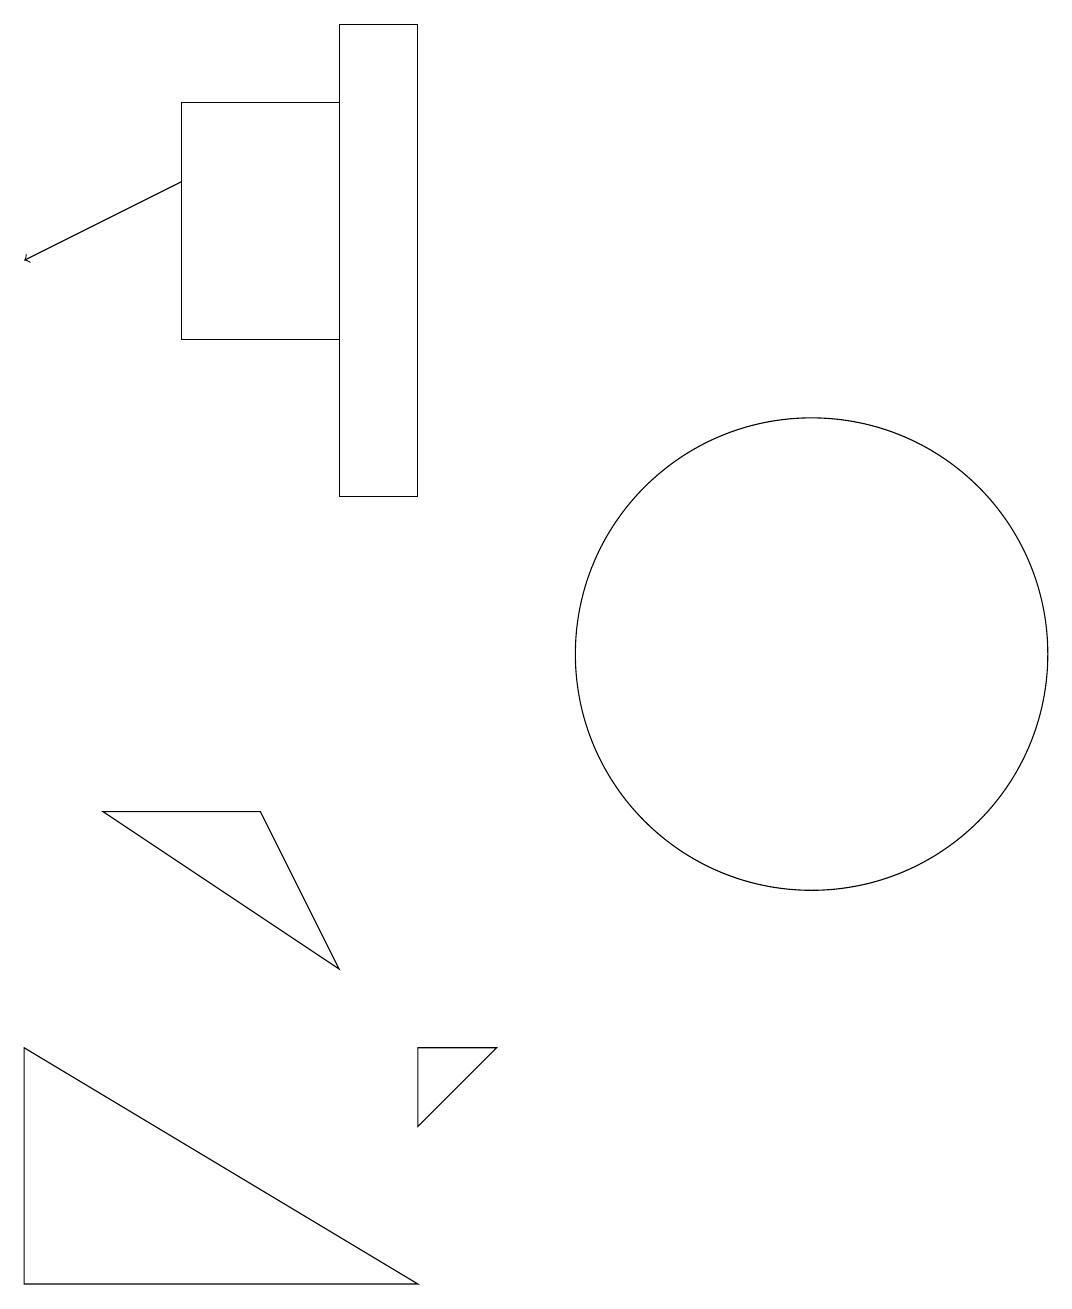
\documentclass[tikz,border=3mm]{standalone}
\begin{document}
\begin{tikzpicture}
\draw (5,13) rectangle (6,19);
\draw (1,3) -- (6,3) -- (1,6) -- cycle;
\draw[->] (3,17) -- (1,16);
\draw (11,11) circle (3);
\draw (6,5) -- (7,6) -- (6,6) -- cycle;
\draw (5,7) -- (2,9) -- (4,9) -- cycle;
\draw (3,15) rectangle (5,18);
\draw (5,13) rectangle (5,16);
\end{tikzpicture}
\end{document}